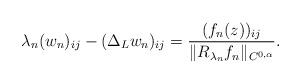
LaTeX: \begin{align*} \lambda_n (w_n)_{ij} - (\Delta_L w_n)_{ij} = \frac{(f_n(z))_{ij}}{\|R_{\lambda_n} f_n\|_{C^{0,\alpha}}}.\end{align*}